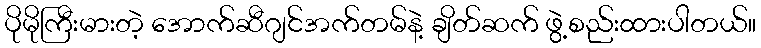
ပိုမိုကြီးမားတဲ့ အောက်ဆီဂျင်အက်တမ်နဲ့ ချိတ်ဆက် ဖွဲ့စည်းထားပါတယ်။